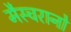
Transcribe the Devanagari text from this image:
मैस्चरानो